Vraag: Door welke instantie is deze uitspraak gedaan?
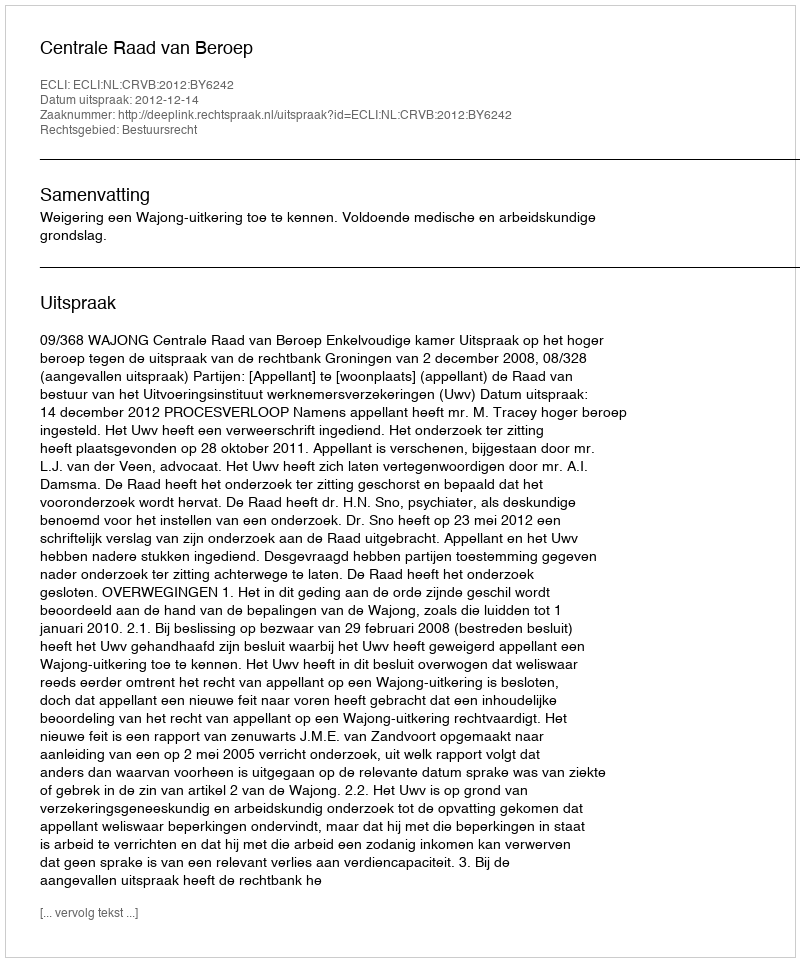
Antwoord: Centrale Raad van Beroep